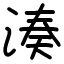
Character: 湊